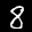
Label: 8